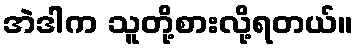
အဲဒါက သူတို့စားလို့ရတယ်။